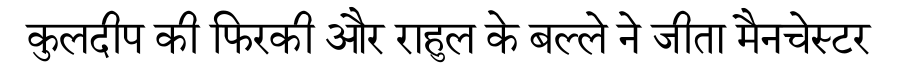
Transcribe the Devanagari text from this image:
कुलदीप की फिरकी और राहुल के बल्ले ने जीता मैनचेस्टर